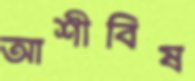
আশীবিষ